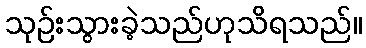
သုဉ်းသွားခဲ့သည်ဟုသိရသည်။